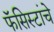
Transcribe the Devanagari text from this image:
फॅसिस्टांचे